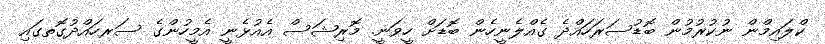
ކްލައިމްން ނުކުރުމުން ބޮޑުސަރަހައްދެ ގެއްލެނީހެން ބޮޑަށް ހީވަނީ. މޮރިޝަސް އެއުޅެނީ އެމީހުންގެ ސަރހައްދުގޮތގައި